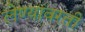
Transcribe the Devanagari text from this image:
लेण्यांवरती